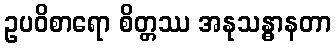
ဥပဝိစာရော စိတ္တဿ အနုသန္ဓာနတာ